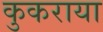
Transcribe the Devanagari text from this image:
कुकराया